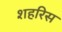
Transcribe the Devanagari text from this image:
शहरिस